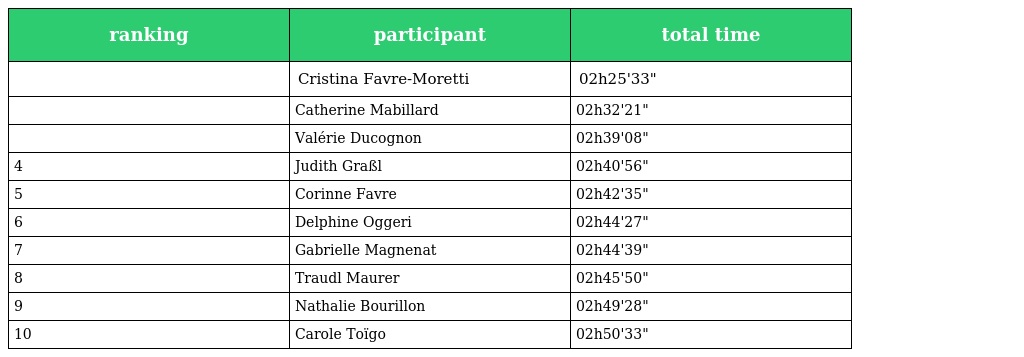
| ranking | participant | total time |
 | --- | --- | --- |
 |  | Cristina Favre-Moretti | 02h25'33" |
 |  | Catherine Mabillard | 02h32'21" |
 |  | Valérie Ducognon | 02h39'08" |
 | 4 | Judith Graßl | 02h40'56" |
 | 5 | Corinne Favre | 02h42'35" |
 | 6 | Delphine Oggeri | 02h44'27" |
 | 7 | Gabrielle Magnenat | 02h44'39" |
 | 8 | Traudl Maurer | 02h45'50" |
 | 9 | Nathalie Bourillon | 02h49'28" |
 | 10 | Carole Toïgo | 02h50'33" |